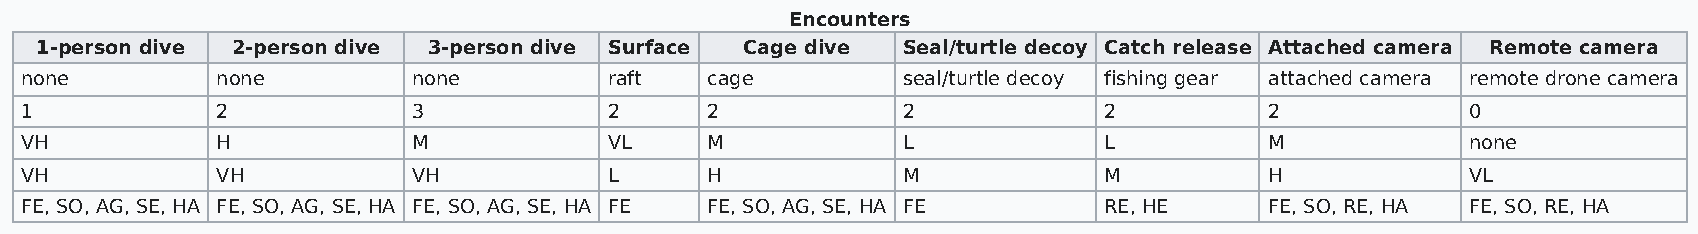
Encounters
 1-person dive 2-person dive 3-person dive Surface Cage dive Seal/turtle decoy Catch release Attached camera Remote camera
 none         none         none         raft   cage         seal/turtle decoy fishing gear attached camera remote drone camera
 1            2            3            2      2            2            2          2            0
 VH           H            M            VL     M            L            L          M            none
 VH           VH           VH           L      H            M            M          H            VL
 FE, SO, AG, SE, HA FE, SO, AG, SE, HA FE, SO, AG, SE, HA FE FE, SO, AG, SE, HA FE RE, HE FE, SO, RE, HA FE, SO, RE, HA